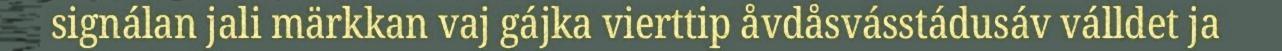
signálan jali märkkan vaj gájka vierttip åvdåsvásstádusáv válldet ja